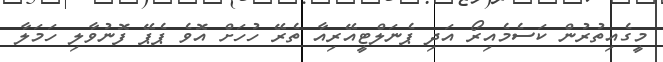
މީގެއިތުރުން ކަސެމެއިރޯ އަދި ޕެނަލްޓީއޭރިއާ ތެރޭ ހުހަށް އޮވެ ޕެޕޭ ފޮނުވާލި ހަމަލާ